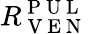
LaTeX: R_{\mathrm{~V~E~N~}}^{\mathrm{~P~U~L~}}